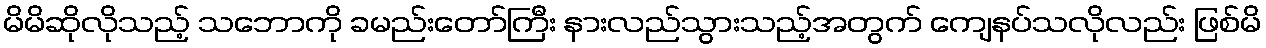
မိမိဆိုလိုသည့် သဘောကို ခမည်းတော်ကြီး နားလည်သွားသည့်အတွက် ကျေနပ်သလိုလည်း ဖြစ်မိ